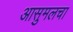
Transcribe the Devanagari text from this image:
आसुमलचा